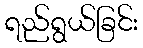
ရည်ရွယ်ခြင်း